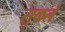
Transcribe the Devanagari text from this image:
सुकले